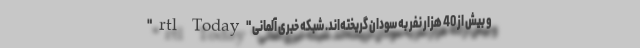
و بیش از 40 هزار نفر به سودان گریخته‌اند. شبکه خبری آلمانی "rtl Today"